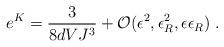
LaTeX: \begin{align*}e^K = \frac{3}{8d VJ^3} + {\cal O}(\epsilon^2, \epsilon_R^2,\epsilon\epsilon_R) \; .\end{align*}